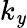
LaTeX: k_{\mathit{y}}